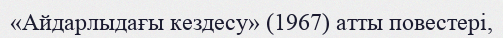
«Айдарлыдағы кездесу» (1967) атты повестері,